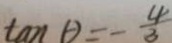
\tan \theta = - \frac { 4 } { 3 }